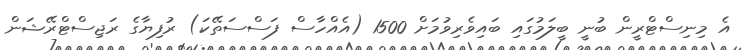
އެ މިނިސްޓްރީން ބުނީ ބީލަމުގައި ބައިވެރިވުމަށް 1500 (އެއްހާސް ފަސްސަތޭކަ) ރުފިޔާގެ ރަޖިސްޓްރޭޝަން